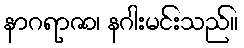
နာဂရာဇာ၊ နဂါးမင်းသည်။